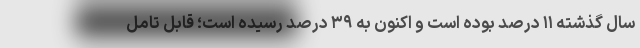
سال گذشته ۱۱ درصد بوده است و اکنون به ۳۹ درصد رسیده است؛ قابل تامل